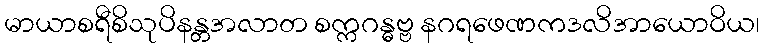
မာယာစရီစိသုပိနန္တအလာတ စက္ကဂန္ဓဗ္ဗ နဂရဖေဏကဒလိအာယောဝိယ၊